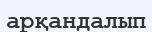
арқандалып